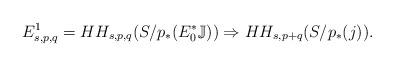
LaTeX: \begin{align*} E_{s,p,q}^1=HH_{s,p,q}(S/p_*(E_0^*\mathbb{J})) \Rightarrow HH_{s,p+q}(S/p_*(j)). \end{align*}